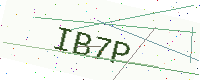
Text: IB7P